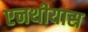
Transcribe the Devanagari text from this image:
एनथीयास